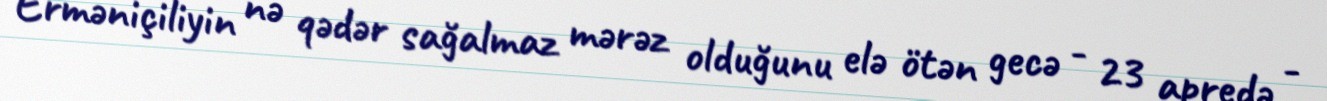
Erməniçiliyin nə qədər sağalmaz mərəz olduğunu elə ötən gecə - 23 apredə -